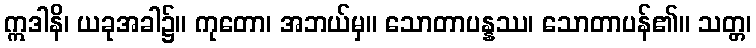
ဣဒါနိ၊ ယခုအခါ၌။ ကုတော၊ အဘယ်မှ။ သောတာပန္နဿ၊ သောတာပန်၏။ သတ္တ၊